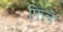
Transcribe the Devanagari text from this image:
फिले